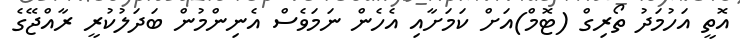
އޮތީ އަހުމަދު ތޯރިގް (ޓޮމް)އަށް ކަމަށާއި އެހެން ނަމަވެސް އެނިންމުން ބަދަލުކުރީ ރާއްޖޭގެ